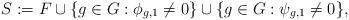
LaTeX: \begin{align*}S:=F \cup\{g\in G:\phi_{g,1}\neq 0\}\cup\{g\in G:\psi_{g,1}\neq 0\},\end{align*}